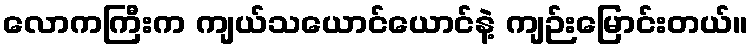
လောကကြီးက ကျယ်သယောင်ယောင်နဲ့ ကျဉ်းမြောင်းတယ်။